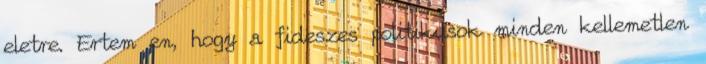
eletre. Ertem en, hogy a fideszes politikusok minden kellemetlen